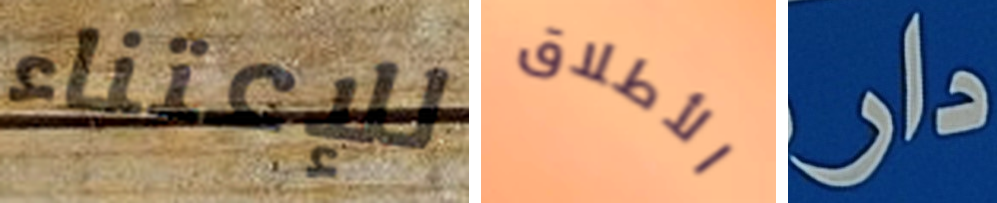
للإعتناء الأطلاق دار